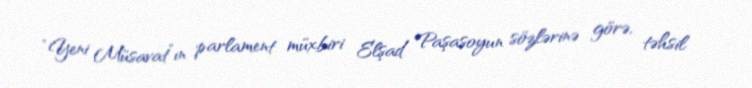
“Yeni Müsavat”ın parlament müxbiri Elşad Paşasoyun sözlərinə görə, təhsil